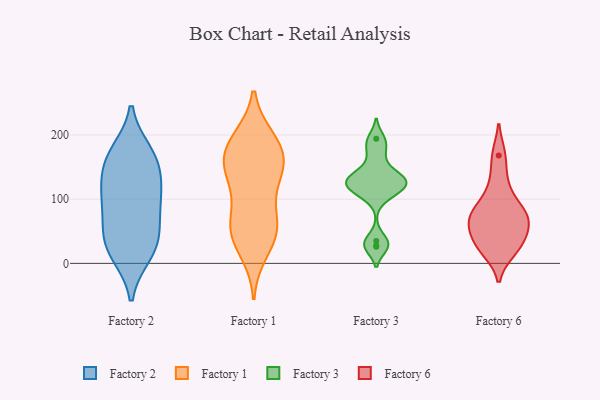
{"axis": {"x": "Gross Profit (USD K)", "y": "Value"}, "legend": ["Factory 1", "Factory 2", "Factory 3", "Factory 6"], "data": [{"x": "", "y": 32, "type": "Factory 2"}, {"x": "", "y": 82, "type": "Factory 2"}, {"x": "", "y": 110, "type": "Factory 2"}, {"x": "", "y": 172, "type": "Factory 2"}, {"x": "", "y": 19, "type": "Factory 2"}, {"x": "", "y": 146, "type": "Factory 2"}, {"x": "", "y": 112, "type": "Factory 2"}, {"x": "", "y": 164, "type": "Factory 2"}, {"x": "", "y": 15, "type": "Factory 2"}, {"x": "", "y": 61, "type": "Factory 2"}, {"x": "", "y": 40, "type": "Factory 2"}, {"x": "", "y": 108, "type": "Factory 2"}, {"x": "", "y": 165, "type": "Factory 2"}, {"x": "", "y": 19, "type": "Factory 1"}, {"x": "", "y": 193, "type": "Factory 1"}, {"x": "", "y": 59, "type": "Factory 1"}, {"x": "", "y": 125, "type": "Factory 1"}, {"x": "", "y": 179, "type": "Factory 1"}, {"x": "", "y": 130, "type": "Factory 1"}, {"x": "", "y": 152, "type": "Factory 1"}, {"x": "", "y": 51, "type": "Factory 1"}, {"x": "", "y": 56, "type": "Factory 1"}, {"x": "", "y": 144, "type": "Factory 1"}, {"x": "", "y": 191, "type": "Factory 1"}, {"x": "", "y": 160, "type": "Factory 1"}, {"x": "", "y": 176, "type": "Factory 1"}, {"x": "", "y": 72, "type": "Factory 1"}, {"x": "", "y": 43, "type": "Factory 1"}, {"x": "", "y": 26, "type": "Factory 3"}, {"x": "", "y": 35, "type": "Factory 3"}, {"x": "", "y": 167, "type": "Factory 3"}, {"x": "", "y": 28, "type": "Factory 3"}, {"x": "", "y": 122, "type": "Factory 3"}, {"x": "", "y": 124, "type": "Factory 3"}, {"x": "", "y": 135, "type": "Factory 3"}, {"x": "", "y": 112, "type": "Factory 3"}, {"x": "", "y": 105, "type": "Factory 3"}, {"x": "", "y": 143, "type": "Factory 3"}, {"x": "", "y": 130, "type": "Factory 3"}, {"x": "", "y": 194, "type": "Factory 3"}, {"x": "", "y": 186, "type": "Factory 3"}, {"x": "", "y": 118, "type": "Factory 3"}, {"x": "", "y": 132, "type": "Factory 3"}, {"x": "", "y": 26, "type": "Factory 6"}, {"x": "", "y": 85, "type": "Factory 6"}, {"x": "", "y": 65, "type": "Factory 6"}, {"x": "", "y": 56, "type": "Factory 6"}, {"x": "", "y": 124, "type": "Factory 6"}, {"x": "", "y": 85, "type": "Factory 6"}, {"x": "", "y": 20, "type": "Factory 6"}, {"x": "", "y": 168, "type": "Factory 6"}, {"x": "", "y": 36, "type": "Factory 6"}, {"x": "", "y": 68, "type": "Factory 6"}]}